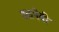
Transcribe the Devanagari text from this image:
श्ळमेबी